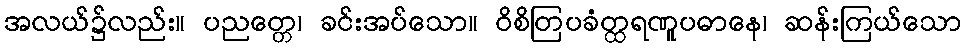
အလယ်၌လည်း။ ပညတ္တေ၊ ခင်းအပ်သော။ ဝိစိတြပခံတ္ထရဏူပဓာနေ၊ ဆန်းကြယ်သော